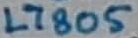
Text: L7805